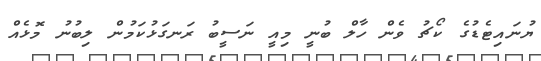
ޔުނައިޓެޑުގެ ކޯޗު ވެން ހާލް ބުނީ މިއީ ނަސީބު ރަނގަޅުކަމުން ލިބުނު މޮޅެއް